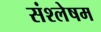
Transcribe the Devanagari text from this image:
संश्लेषम